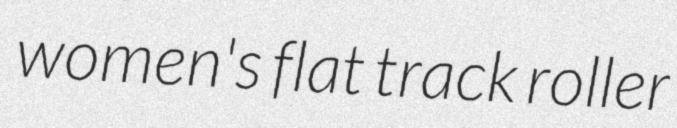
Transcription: women's flat track roller